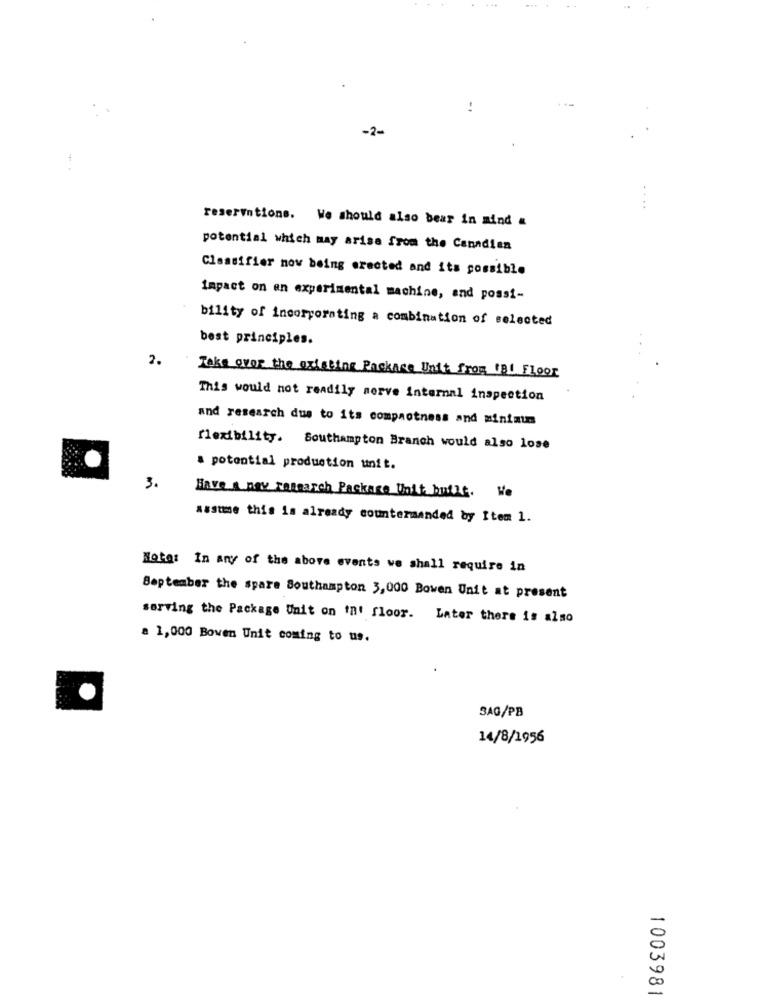
-2-
-
reservations. We should also bear in mind &
potential which may arise from the Canadien
Classifier now being erected and its possible
Impact on an experimental machine, and possi-
bility of incorporating a combination of selected
best principles.
2.
Take over the existing Package Unit from tal Floor
This would not readily serve internal inspection
and research dus to its compactness and minimum
flexibility. Southampton Branch would also lose
a potential production unit.
3.
Have a new research Package Unit. butit. We
assume this is already countermanded by Item 1.
Nota: In any of the above events we shall require in
September the spare Southampton 3,000 Bowen Unit at present
serving the Package Unit on In! floor. Later there is also
a 1,000 Bowen Unit coming to us.
SAG/PB
14/8/1956
1003981